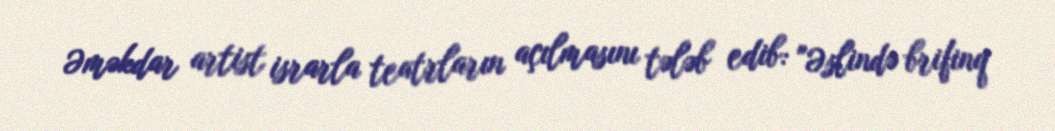
Əməkdar artist israrla teatrların açılmasını tələb edib: "Əslində brifinq